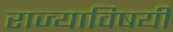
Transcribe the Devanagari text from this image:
राज्याविषयी